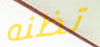
تظنه